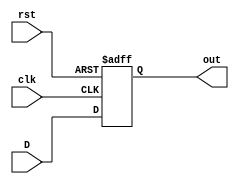
module pc #(

    parameter WIDTH =32
 
)(
    
    input [WIDTH-1:0] D,
    input clk,
    input rst,
    output  reg [WIDTH-1:0] out
);

always @(posedge clk or negedge rst) begin
    if (!rst) begin
        out<=0;
    end
    else begin
        out<=D;
    end
end

endmodule //pc